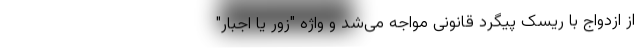
از ازدواج با ریسک پیگرد قانونی مواجه می‌شد و واژه "زور یا اجبار"